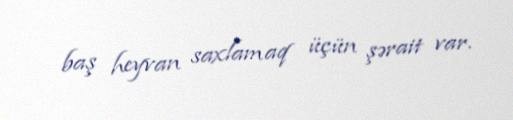
baş heyvan saxlamaq üçün şərait var.